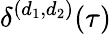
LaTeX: \delta^{(d_{1},d_{2})}(\tau)